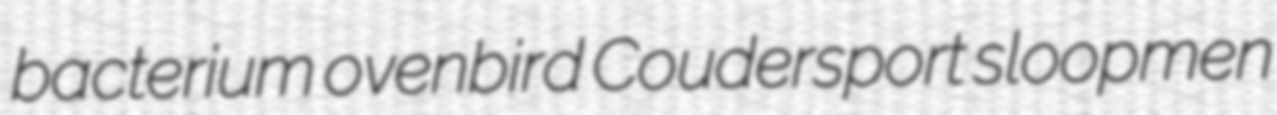
bacterium ovenbird Coudersport sloopmen